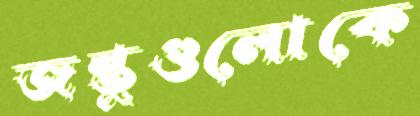
জন্তুগুলোকে